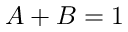
A + B = 1